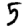
Digit: 5